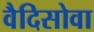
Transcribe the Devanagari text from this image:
वैदिसोवा